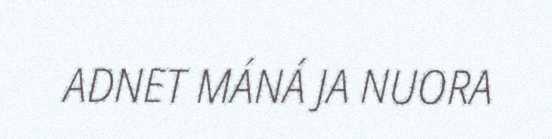
ADNET MÁNÁ JA NUORA